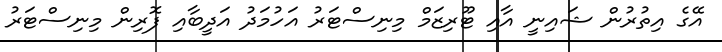
އޭގެ އިތުރުން ޝައިނީ އާއި ޓޫރިޒަމް މިނިސްޓަރު އަހުމަދު އަދީބާއި ފޮރިން މިނިސްޓަރު